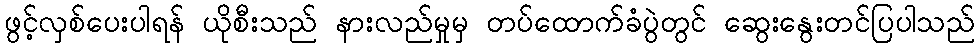
ဖွင့်လှစ်ပေးပါရန် ယိုစီးသည် နားလည်မှုမှ တပ်ထောက်ခံပွဲတွင် ဆွေးနွေးတင်ပြပါသည်